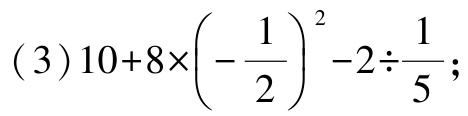
(3) \(10 + 8\times\left(-\dfrac{1}{2}\right)^{2}-2\div\dfrac{1}{5}\);